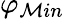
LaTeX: \varphi_{\mathcal{M}in}